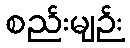
စည်းမျဉ်း